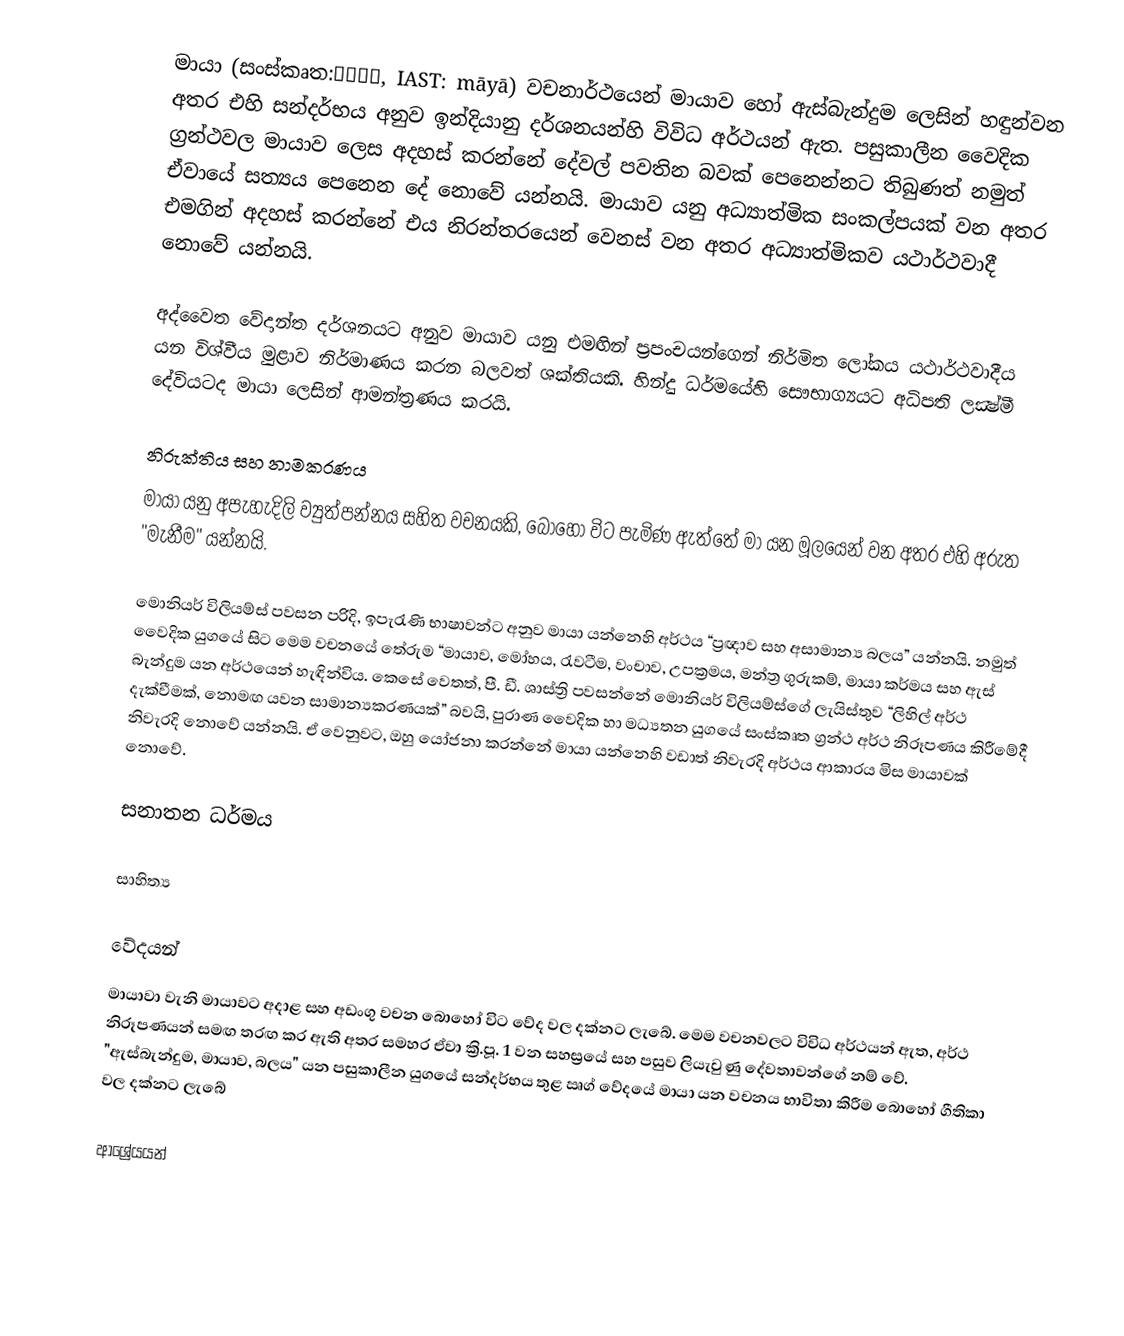
මායා (සංස්කෘත:माया, IAST: māyā) වචනාර්ථයෙන් මායාව හෝ ඇස්බැන්දුම ලෙසින් හඳුන්වන අතර එහි සන්දර්භය අනුව ඉන්දියානු දර්ශනයන්හි විවිධ අර්ථයන් ඇත. පසුකාලීන වෛදික ග්‍රන්ථවල මායාව ලෙස අදහස් කරන්නේ දේවල් පවතින බවක් පෙනෙන්නට තිබුණත් නමුත් ඒවායේ සත්‍යය පෙනෙන දේ නොවේ යන්නයි. මායාව යනු අධ්‍යාත්මික සංකල්පයක් වන අතර එමගින් අදහස් කරන්නේ එය නිරන්තරයෙන් වෙනස් වන අතර අධ්‍යාත්මිකව යථාර්ථවාදී නොවේ යන්නයි.

අද්වෛත වේදාන්ත දර්ශනයට අනුව මායාව යනු එමඟින් ප්‍රපංචයන්ගෙන් නිර්මිත ලෝකය යථාර්ථවාදීය යන විශ්වීය මුළාව නිර්මාණය කරන බලවත් ශක්තියකි. හින්දු ධර්මයේහි සෞභාග්‍යයට අධිපති ලක්‍ෂ්මී දේවියටද මායා ලෙසින් ආමන්ත්‍රණය කරයි.

නිරුක්තිය සහ නාමකරණය
මායා යනු අපැහැදිලි ව්‍යුත්පන්නය සහිත වචනයකි, බොහෝ විට පැමිණ ඇත්තේ මා යන මූලයෙන් වන අතර එහි අරුත "මැනීම" යන්නයි.

මොනියර් විලියම්ස් පවසන පරිදි, ඉපැරැණි භාෂාවන්ට අනුව මායා යන්නෙහි අර්ථය “ප්‍රඥාව සහ අසාමාන්‍ය බලය” යන්නයි. නමුත් වෛදික යුගයේ සිට මෙම වචනයේ තේරුම “මායාව, මෝහය, රැවටීම, වංචාව, උපක්‍රමය, මන්ත්‍ර ගුරුකම්, මායා කර්මය සහ ඇස් බැන්දුම යන අර්ථයෙන් හැඳින්විය. කෙසේ වෙතත්, පී. ඩී. ශාස්ත්‍රි පවසන්නේ මොනියර් විලියම්ස්ගේ ලැයිස්තුව “ලිහිල් අර්ථ දැක්වීමක්, නොමඟ යවන සාමාන්‍යකරණයක්” බවයි, පුරාණ වෛදික හා මධ්‍යතන යුගයේ සංස්කෘත ග්‍රන්ථ අර්ථ නිරූපණය කිරීමේදී නිවැරදි නොවේ යන්නයි. ඒ වෙනුවට, ඔහු යෝජනා කරන්නේ මායා යන්නෙහි වඩාත් නිවැරදි අර්ථය ආකාරය මිස මායාවක් නොවේ.

සනාතන ධර්මය

සාහිත්‍ය

වේදයන්
මායාවා වැනි මායාවට අදාළ සහ අඩංගු වචන බොහෝ විට වේද වල දක්නට ලැබේ. මෙම වචනවලට විවිධ අර්ථයන් ඇත, අර්ථ නිරූපණයන් සමඟ තරඟ කර ඇති අතර සමහර ඒවා ක්‍රි.පූ. 1 වන සහස්‍රයේ සහ පසුව ලියැවුණු දේවතාවන්ගේ නම් වේ. "ඇස්බැන්දුම, මායාව, බලය" යන පසුකාලීන යුගයේ සන්දර්භය තුළ ඍග් වේදයේ මායා යන වචනය භාවිතා කිරීම බොහෝ ගීතිකා වල දක්නට ලැබේ

ආශ්‍රේයයන්